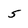
Character: 5